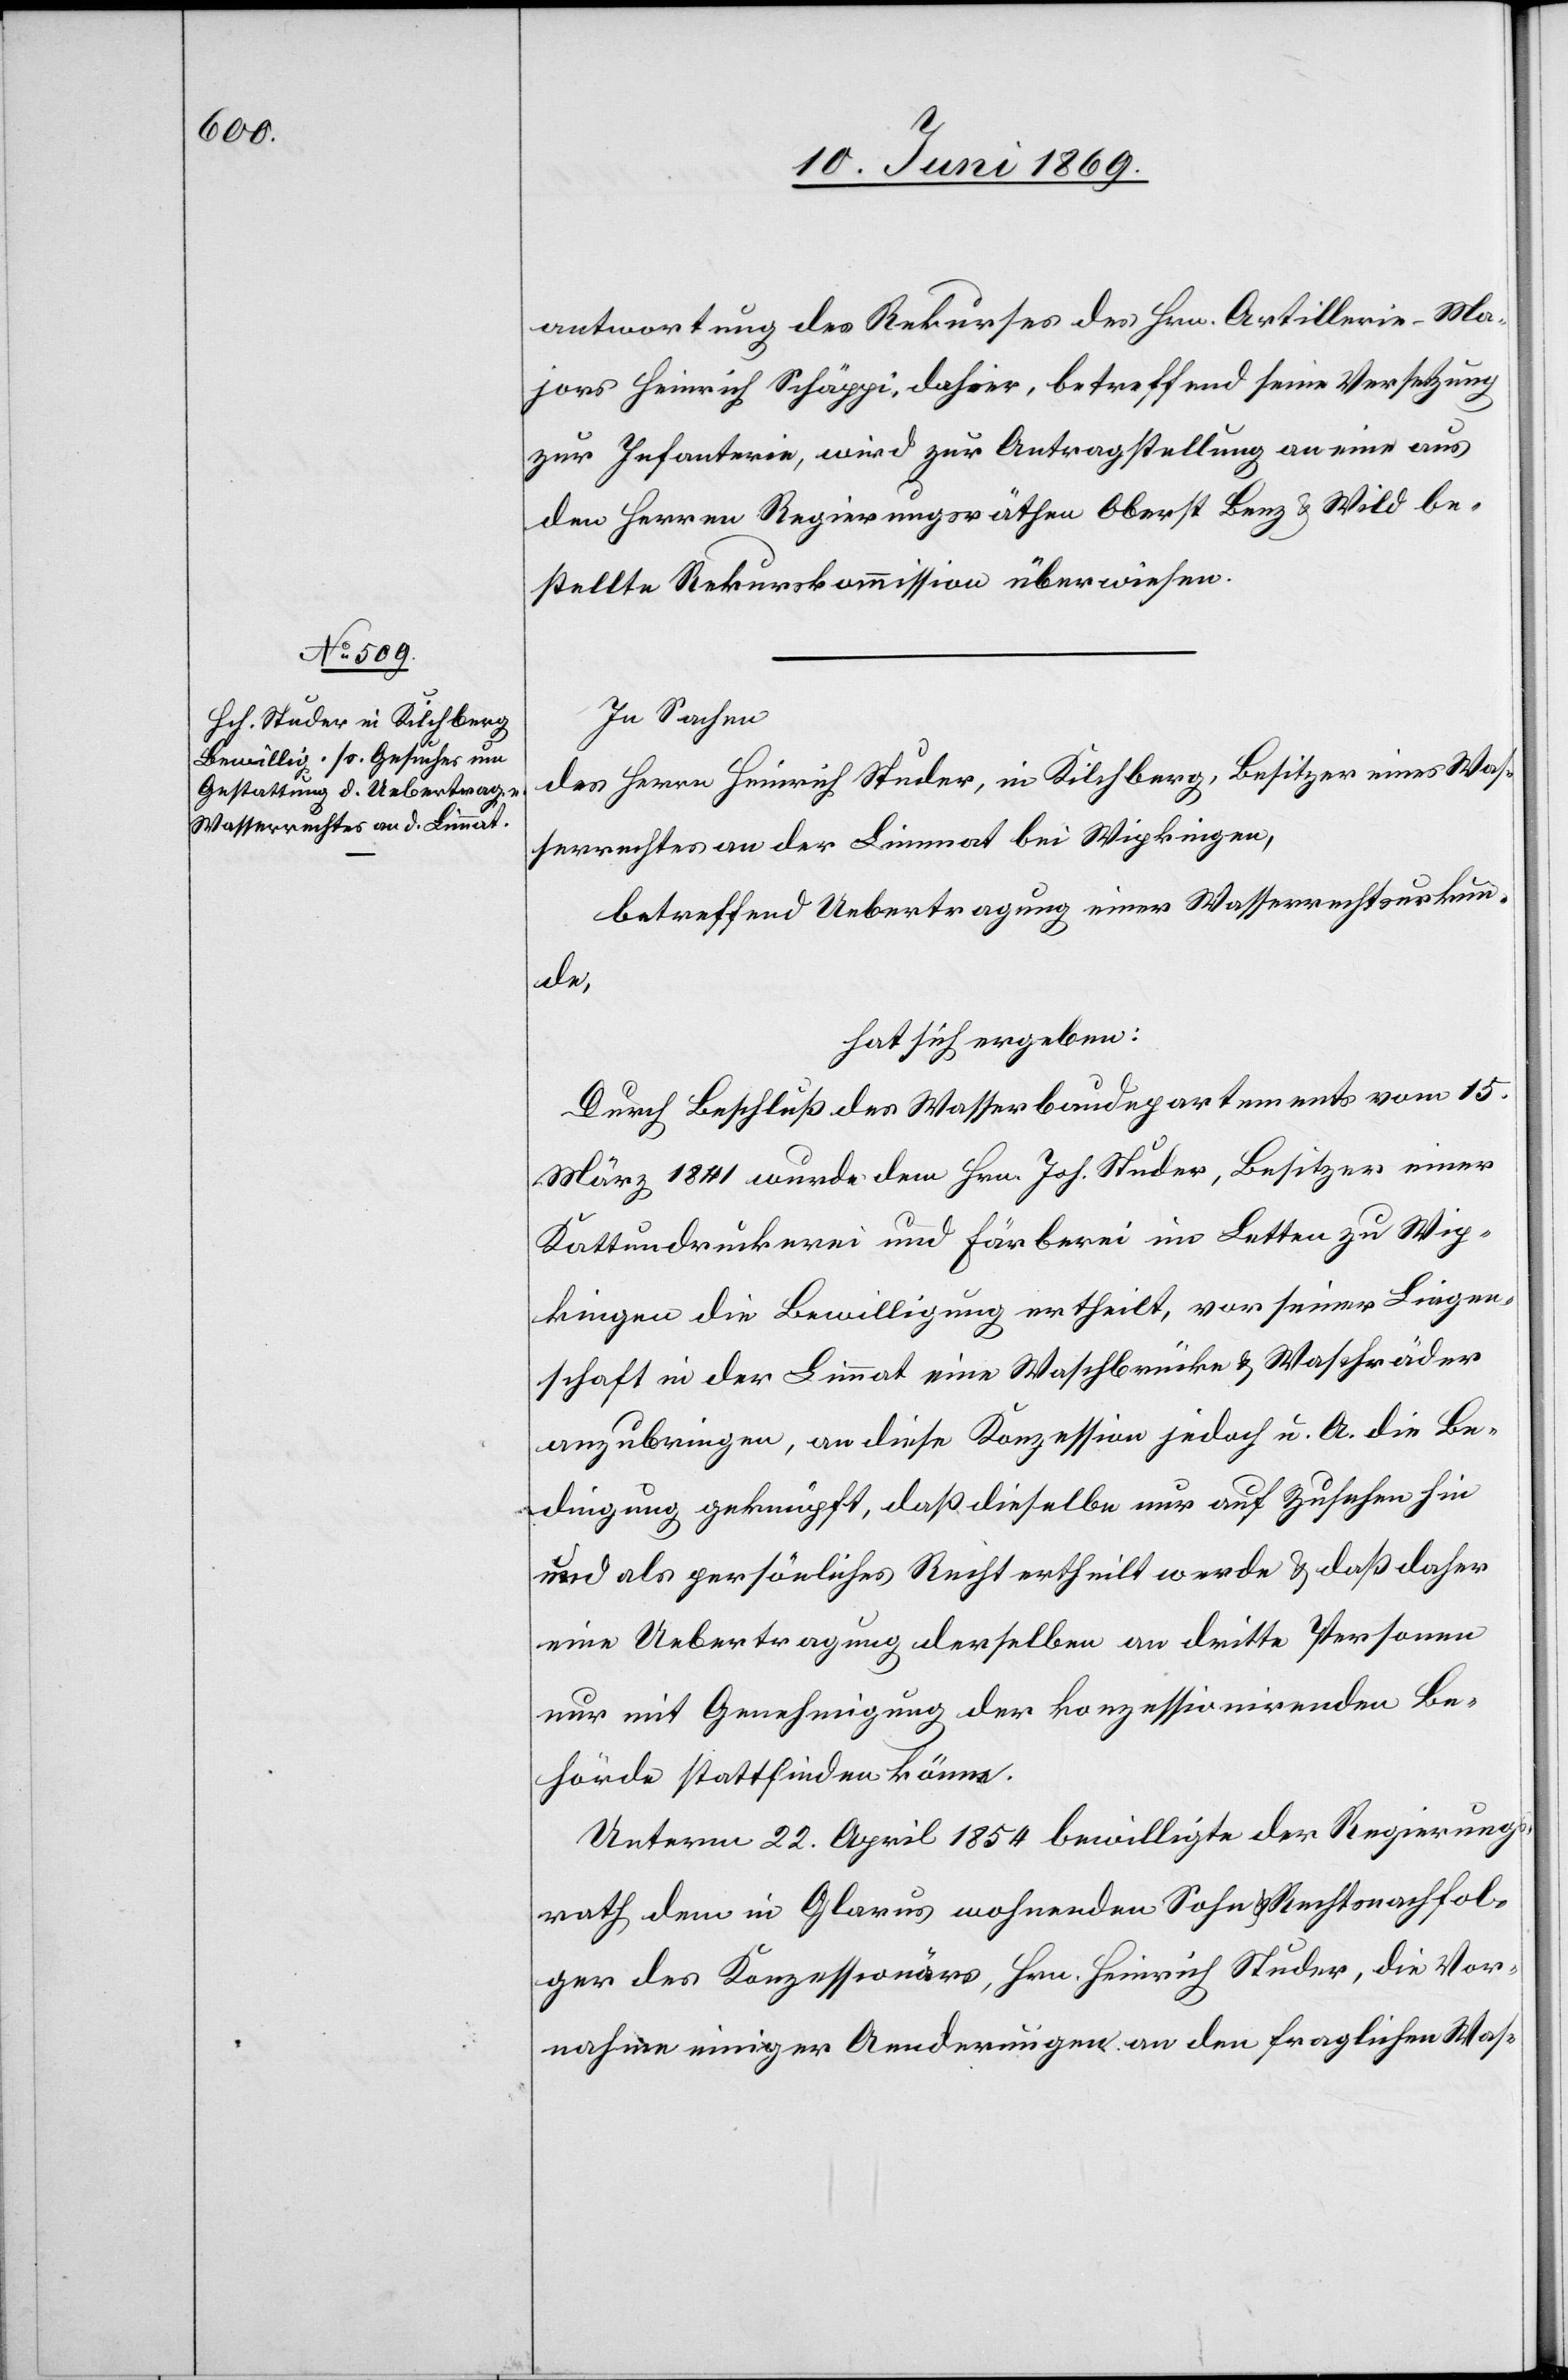
antwortung des Rekurses des Hrn. Artillerie-Ma¬
jors Heinrich Schäppi, dahier, betreffend seine Versetzung
zur Infanterie, wird zur Antragstellung an eine aus
den Herrn Regierungsräthen Oberst Benz u. Wild be¬
stellte Rekurskommission überwiesen.
In Sachen
des Herrn Heinrich Studer, in Kilchberg, Besitzer eines Was¬
serrechtes an der Limmat bei Wipkingen,
betreffend Uebertragung einer Wasserrechtsurkun¬
de,
hat sich ergeben:
Durch Beschluß des Wasserbaudepartements vom 15
März 1841 wurde dem Hrn. Joh. Studer, Besitzer einer
Kattundruckerei und Färberei im Letten zu Wip¬
kingen die Bewilligung ertheilt, vor seiner Liegen¬
schaft in der Limmat eine Waschbrücke u. Waschräder
anzubringen, an diese Konzession jedoch u. A. die Be¬
dingung geknüpft, daß dieselbe nur auf Zusehen hin
und als persönliches Recht ertheilt werde u. daß daher
eine Uebertragung derselben an dritte Personen
nur mit Genehmigung der konzessionirenden Be¬
hörde stattfinden könne.
Unterm 22 April 1854 bewilligte der Regierungs¬
rath, dem in Glarus wohnenden Sohn Rechtsnachfol¬
ger des Konzessionärs, Hrn. Heinrich Studer, die Vor¬
nahme einiger Aenderungen an den fraglichen Was-